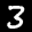
Label: 3